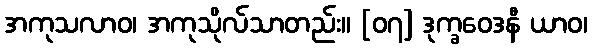
အကုသလာဝ၊ အကုသိုလ်သာတည်း။ [၀၇] ဒုက္ခဝေဒနီ ယာဝ၊